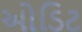
ઓડિટ